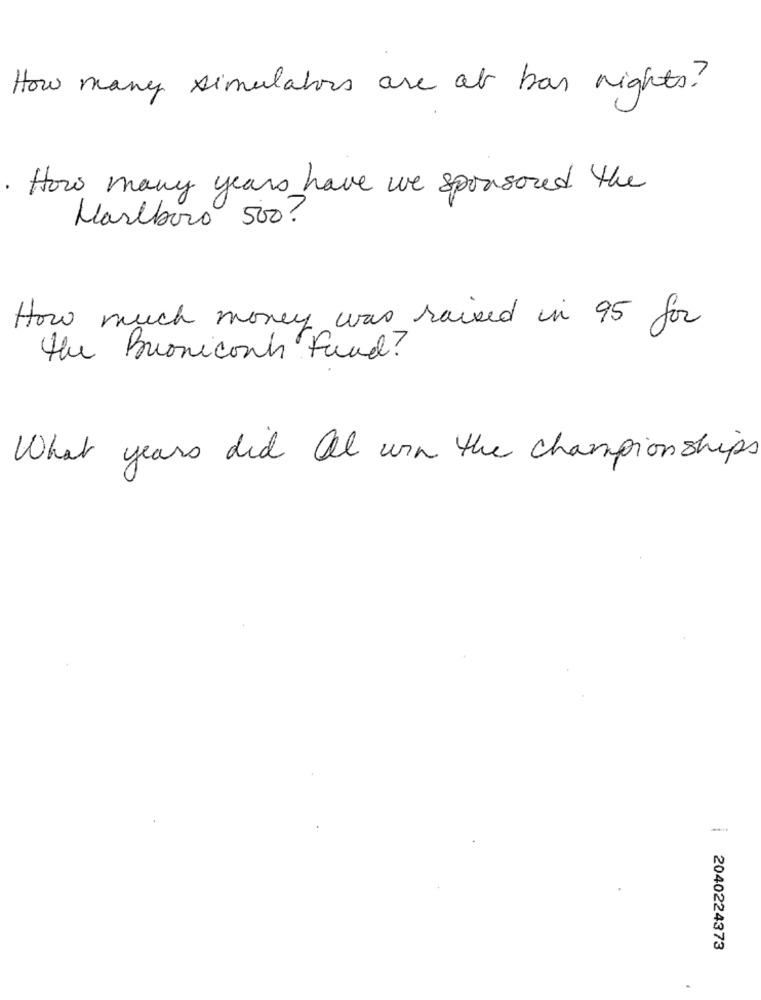
How many simulators are at ban nights?
. How many years have we sponsored the
Marlboro 500?
How much money was raised in 95 for
the Buoniconh Fund?
What years did all win the championships
2040224373